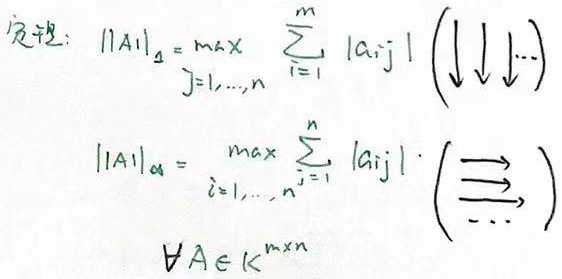
定义: $\|A\|_1 = \max_{j = 1,\ldots,n} \sum_{i = 1}^{m} |a_{i,j}|$ (↓↓↓)

$\|A\|_{\infty} = \max_{i = 1,\ldots,n} \sum_{j = 1}^{n} |a_{i,j}|$ (→→→)

$\forall A \in \mathbb{K}^{m\times n}$